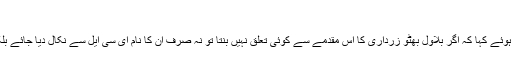
‘
چیف جسٹس ثاقب نثار نے ریمارکس دیتے ہوئے کہا کہ اگر بلاول بھٹو زرداری کا اس مقدمے سے کوئی تعلق نہیں بنتا تو نہ صرف ان کا نام ای سی ایل سے نکال دیا جائے بلکہ اس جے آئی ٹی سے بھی نکال دیا جائے۔